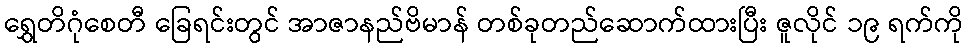
ရွှေတိဂုံစေတီ ခြေရင်းတွင် အာဇာနည်ဗိမာန် တစ်ခုတည်ဆောက်ထားပြီး ဇူလိုင် ၁၉ ရက်ကို